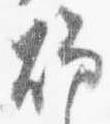
燭